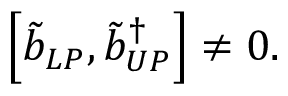
\left[ \tilde { b } _ { L P } , \tilde { b } _ { U P } ^ { \dagger } \right] \neq 0 .